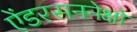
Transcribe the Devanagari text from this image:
ऐंडरसननेक्षो